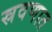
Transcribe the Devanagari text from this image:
स्रवणात